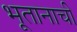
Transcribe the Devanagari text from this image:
भूतानाची